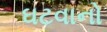
ઘટવાનો